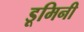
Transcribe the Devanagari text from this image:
डूमिनी